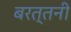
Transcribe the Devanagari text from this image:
बरत्तनी